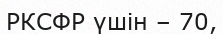
РКСФР үшін – 70,